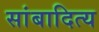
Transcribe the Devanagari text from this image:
सांबादित्य